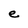
Character: e